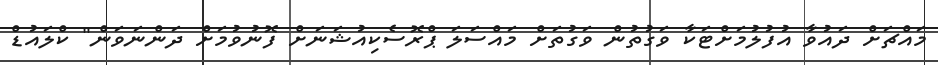
މައްޗަށް ދައުވާ އުފުލުމަށްޓަކާ ވަގުތުން ވަގުތަށް މައްސަލަ ޕްރޮސެކިއުޝަނަށް ފޮނުވުމަށް ދަންނަވަން" ކްލައުޑް